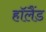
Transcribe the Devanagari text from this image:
हाॅलैंड